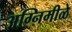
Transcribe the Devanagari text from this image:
अग्निमीळे